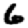
Digit: 6